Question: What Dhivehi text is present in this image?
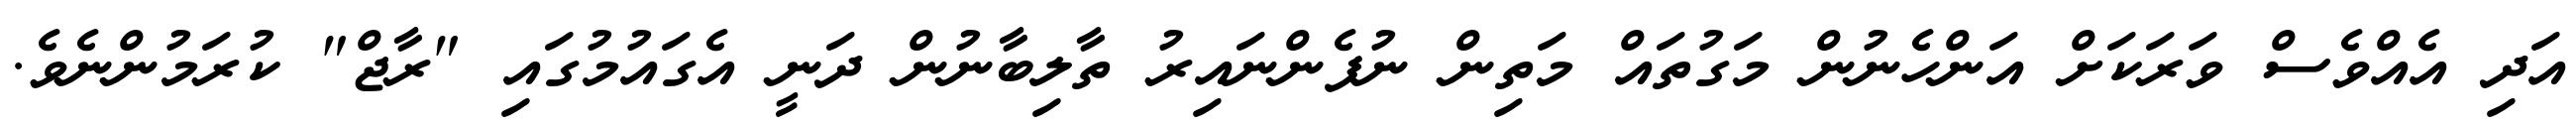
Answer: އަދި އެއްވެސް ވަރަކަށް އަންހެނުން މަގުތައް މަތިން ނުފެންނައިރު ތާލިބާނުން ދަނީ އެގައުމުގައި "ރާޖް" ކުރަމުންނެވެ.